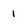
Character: 1